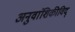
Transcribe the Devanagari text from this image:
अनुवांशिकीविद्